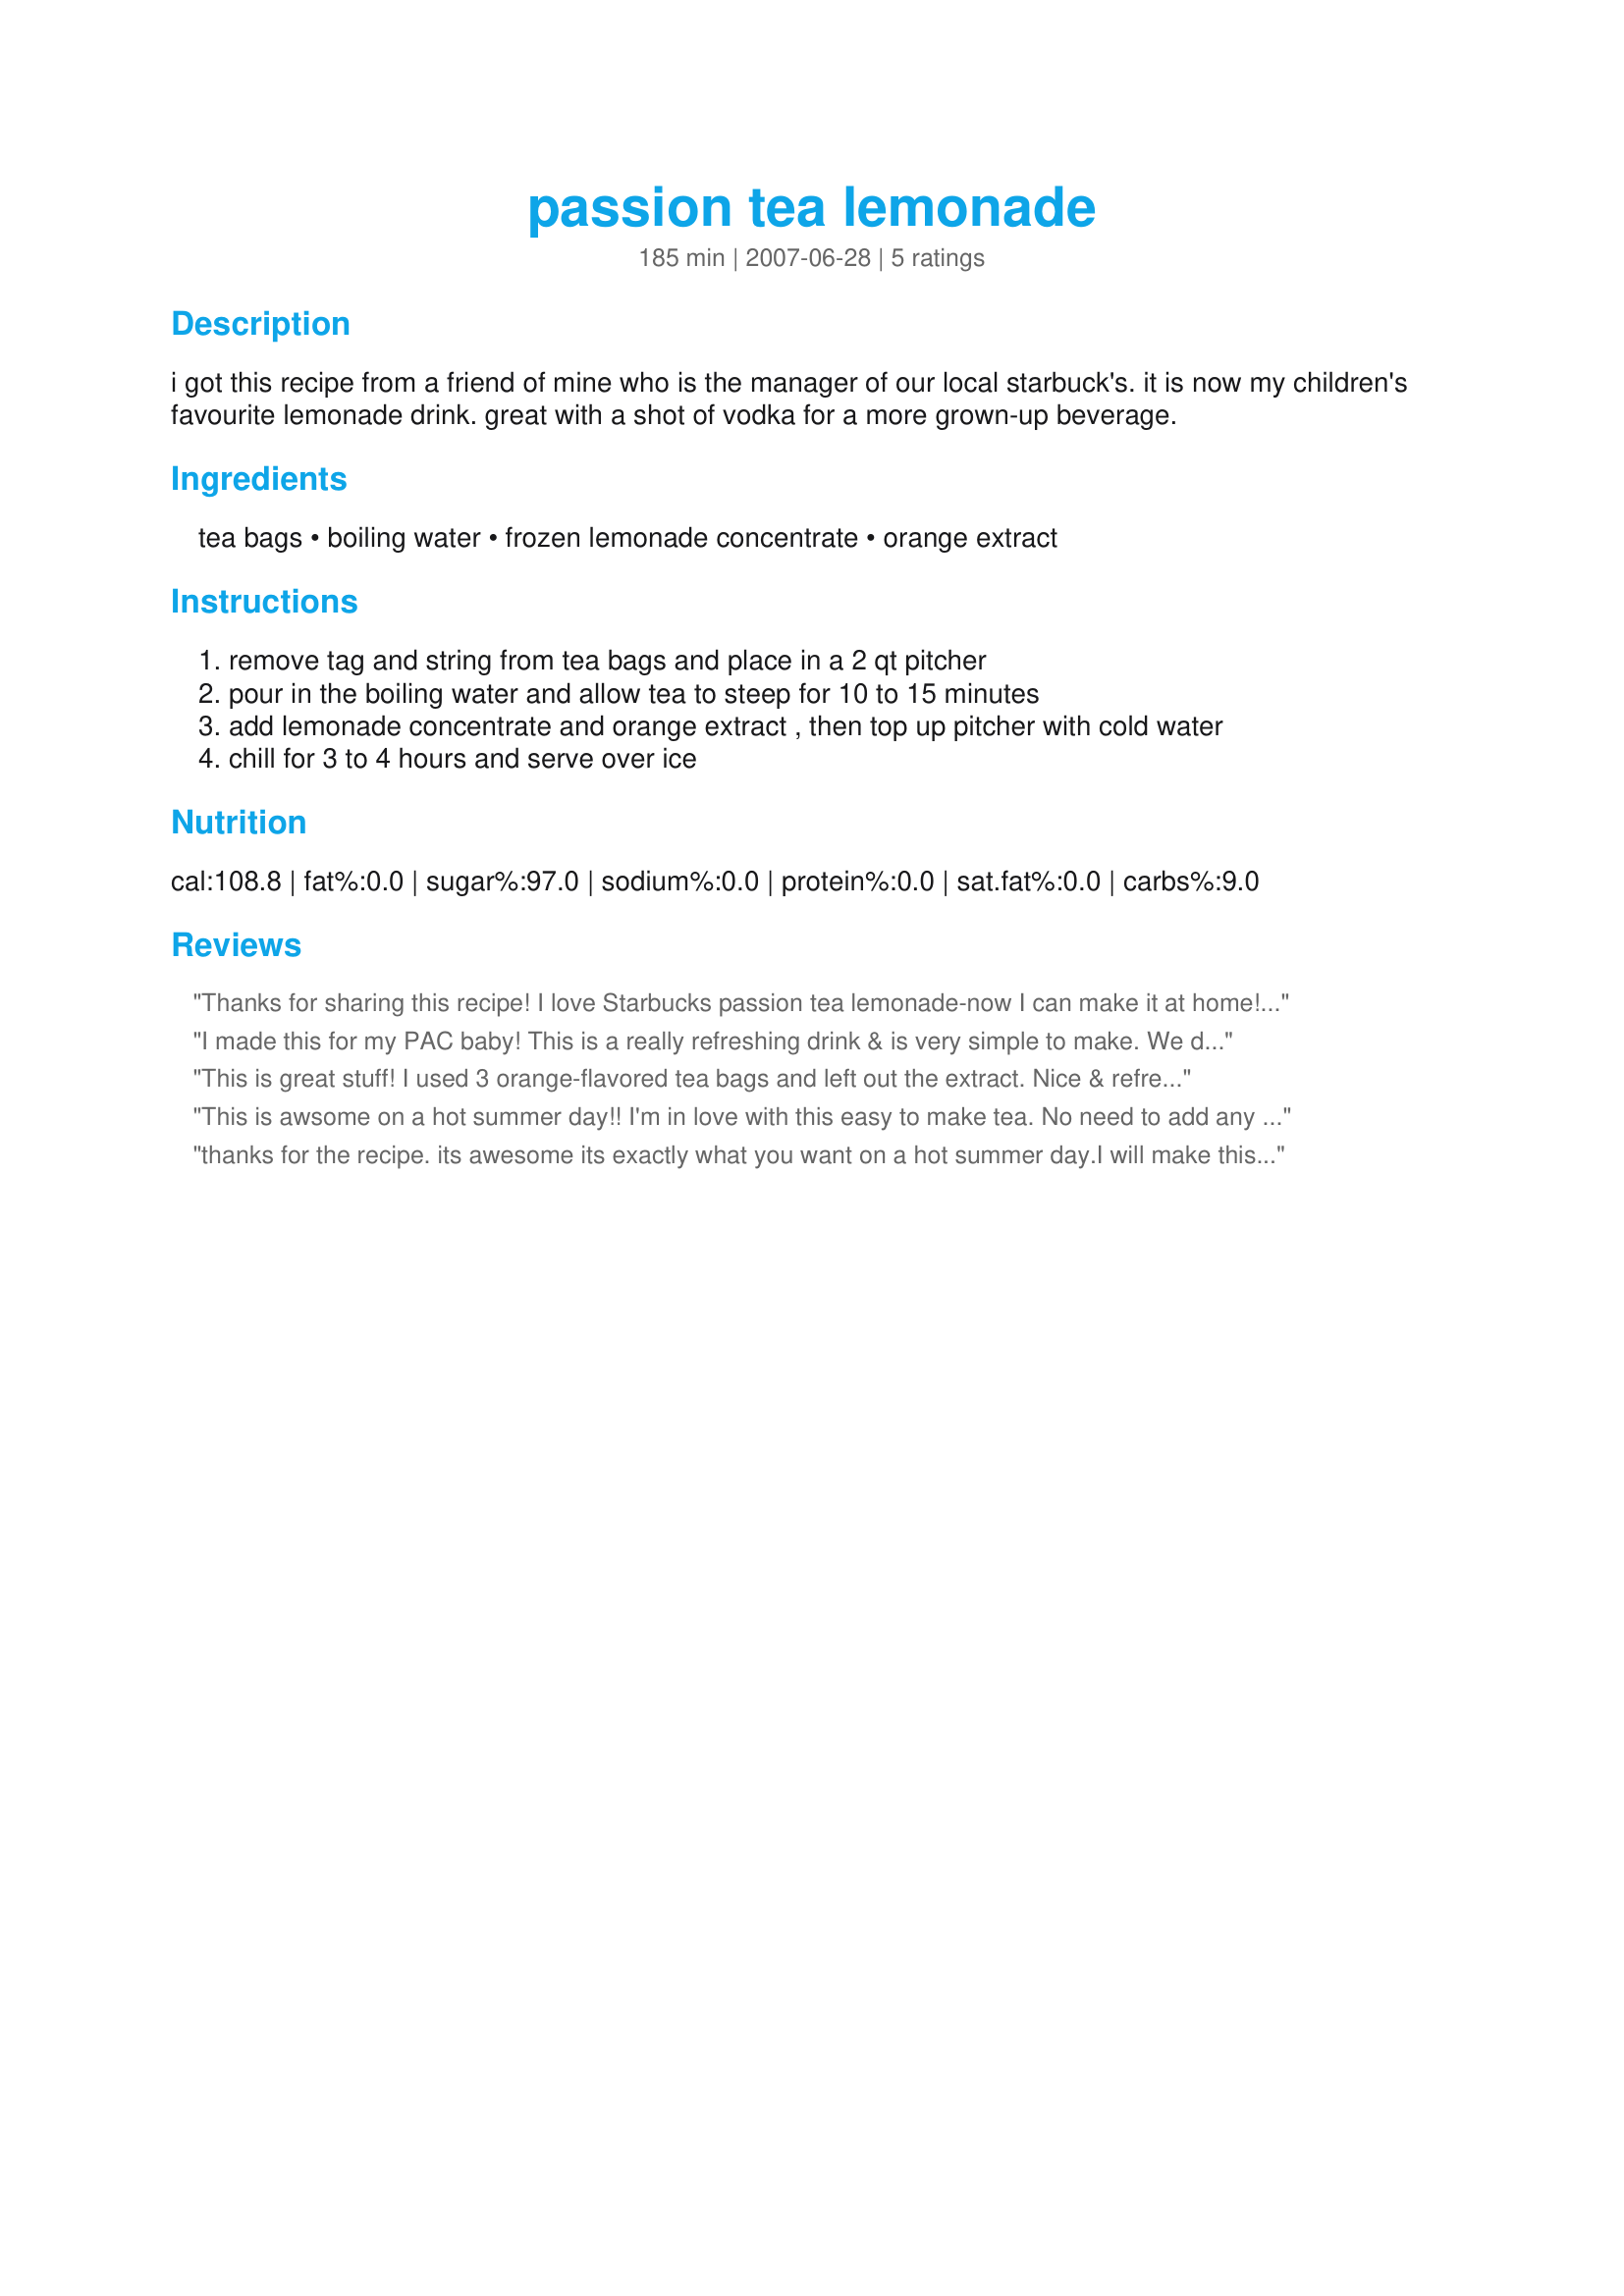
passion tea lemonade
Preparation time: 185 minutes

i got this recipe from a friend of mine who is the manager of our local starbuck's. it is now my children's favourite lemonade drink. great with a shot of vodka for a more grown-up beverage.

Ingredients:
tea bags, boiling water, frozen lemonade concentrate, orange extract

Steps:
remove tag and string from tea bags and place in a 2 qt pitcher
pour in the boiling water and allow tea to steep for 10 to 15 minutes
add lemonade concentrate and orange extract , then top up pitcher with cold water
chill for 3 to 4 hours and serve over ice

Reviews:
Thanks for sharing this recipe! I love Starbucks passion tea lemonade-now I can make it at home! I only steeped for about 7 mins and I didn't have the lemonade concentrate, so I added about 36 oz of organic lemonade and topped the rest with water. Thanks for posting! This will be a frequent summer beverage!
I made this for my PAC baby! This is a really refreshing drink & is very simple to make. We don't have frozen lemonade concentrate in the UK so I used sprite with a lemon ice cubes & a touch of sugar. I also couldn't find any Tazo Passion Tea bags so used some of our regualr 'passion fruit with a hint of peach'. I can't wait to make this in the summer! Thanks J.Ko for another great recipe! :)
This is great stuff! I used 3 orange-flavored tea bags and left out the extract. Nice & refreshing on these 100 degree summer days here in Texas. Thanks for sharing!
This is awsome on a hot summer day!! I'm in love with this easy to make tea.

No need to add any sugar at all, I think it's sweet enough. This is just wonderful! Very light and refreshing taste.
thanks for the recipe. its awesome its exactly what you want on a hot summer day.I will make this all season long.Its a big hit at our house.I will make this for many years to come thank you so much JRM
